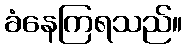
ခံနေကြရသည်။